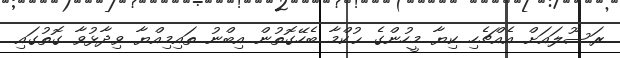
ރަސޫލައަށް އެއްޗެހި ކިޔާ މީހުންގެ ޙުކްމާ ބެހޭގޮތުން އިބްނު ތައިމިއްޔާ ވިދާޅުވާ ގޮތުގައި